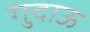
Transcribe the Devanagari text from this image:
गुदाऊ